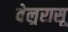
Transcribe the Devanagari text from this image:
वेल्ररासू